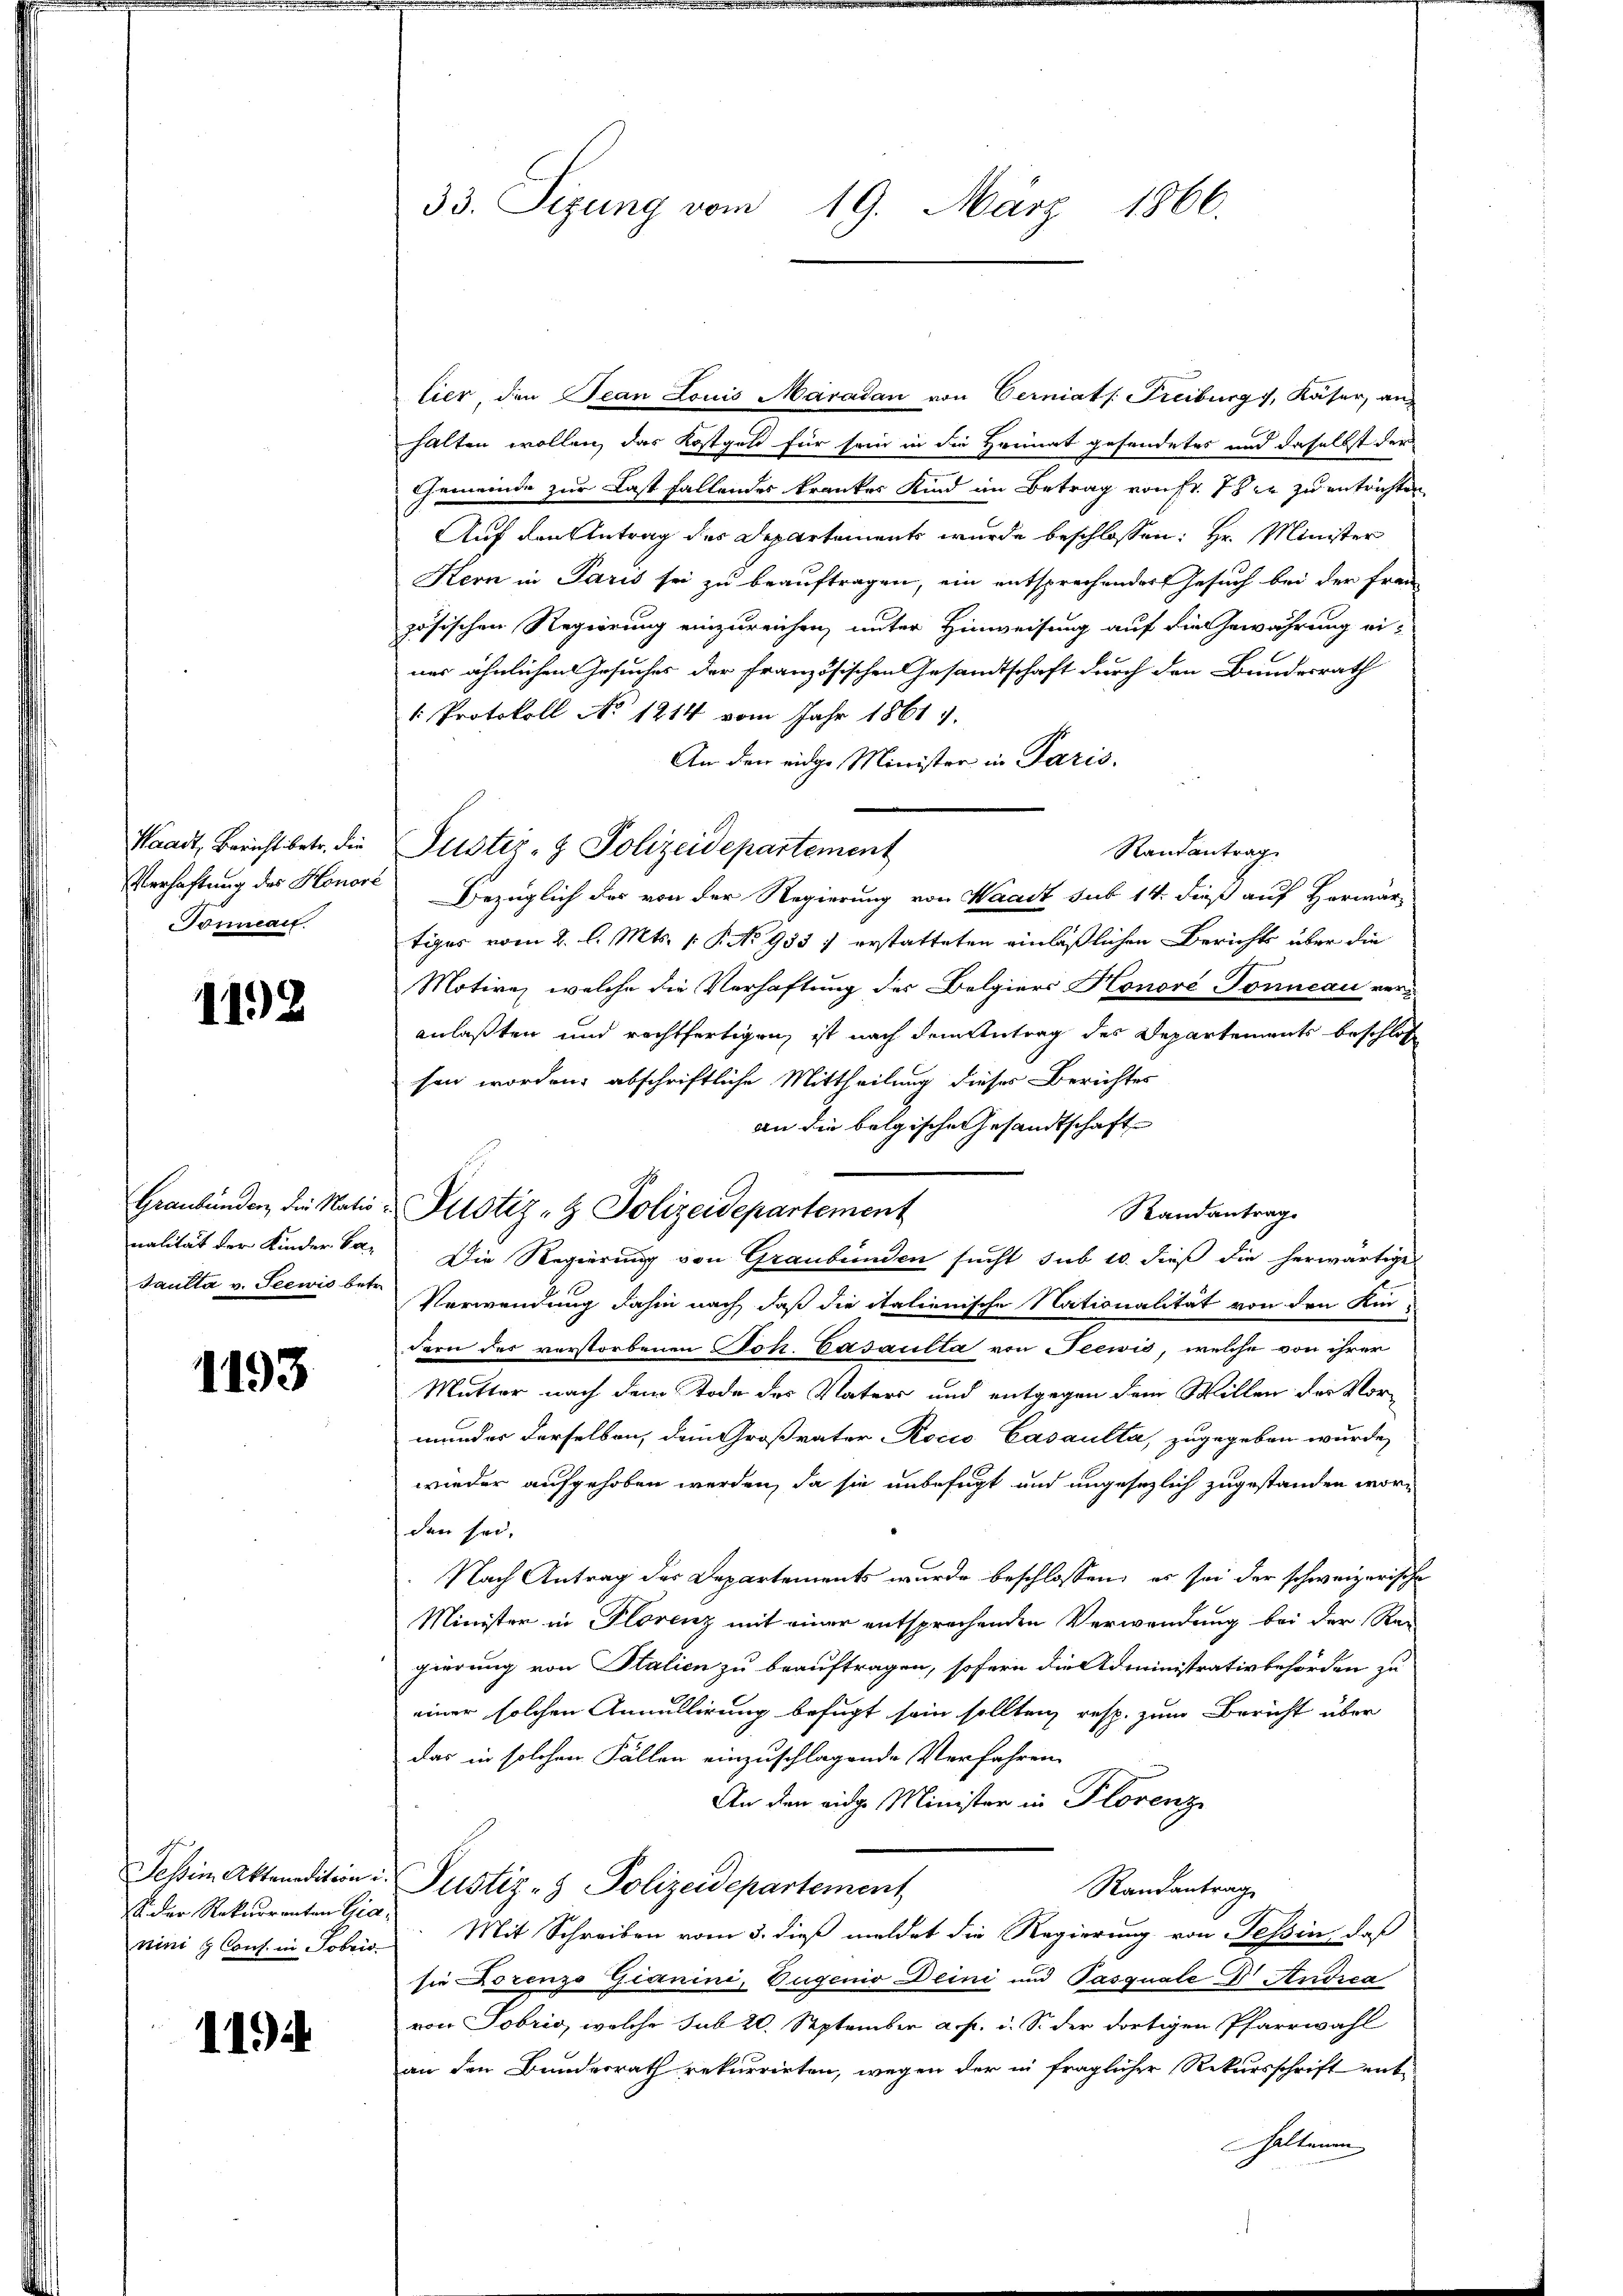
Waadt, Bericht betr. die
Verhaftung des Honor
Tomman

1192

Graubünden, die Nationalität der Kinder ka¬
Faulta v. Seewis betr.

1193

Tessin Aktenadition
 der Rekurrenten Gra
nini & Cons. in Jobris

1194

33. Sizung vom 19. März 1866.

lier, den Tean Louis Maradan von Cerniats Freiburg f, Käser, an
halten wollen, das Kostgeld für sein in die Heimat gesendetes und daselbst der
Gemeinde zur Last fallendes krankes Kind im Betrag von fr. Ich er zu entrichten
Auf den Antrag des Departements wurde beschlossen: Hr. Minister
Kern in Paris sei zu beauftragen, ein entsprechender Gesuch bei der fre
zösischen Regierung einzureichen, unter Hinweisung auf die Gewährung einer ähnlichen Gesuches der französischen Gesandtschaft durch den Bundesrath
1: Protokoll No 1214 vom Jahr 1861 7.
An den eidge Minister in Paris.
Randantrag
Bezüglich des von der Regierung von Waadt sub 14. dieß auf Herwär-
tiges vom 2. l. Mts. 1. P. No 933 f erstatteten einläßlichen Berichts über die
Motive, welche die Verhaftung des Belgiers Honoré-Tonncau veranlaßten und rechtfertigen, ist nach dem Antrag des Departements beschlos
sen worden; abschriftliche Mittheilung dieses Berichtes
an die belgische Gesandtschaft
Randantrag
Die Regierung von Graubünden sucht sub 10. dieß die herwärtige
Verwendung dahin nach daß die italienische Nationalität von den Kin-
dern der verstorbenen Joh. Casaulla von Seewis, welche von ihrer
Mutter nach dem Tode des Vaters und entgegen dem Willen der Vormander derselben, dem Großvater Rocio Casaulta, zugegeben wurde,
wieder aufgehoben werden, da sie unbefugt und ungesezlich zugestanden worden sei.
Nach Antrag der Departements wurde beschlossen, es sei der schweizerische
Minister in Florenz mit einer entsprochenden Verwendung bei der Rei
gierung von Stalien zu beauftragen, sofern die Administrativbehörden zu
einer solchen Annullirung befugt sein sollten, resp. zum Bericht über
das in solchen Fällen einzuschlagende Verfahren
An den eidg. Minister in Florenz
Justiz- & Polizeidepartement
Randantrag
Mit Schreiben vom 3. dieß meldet die Regierung von Tessin, daß
sie Lorenzo Gianini, Eugenio Deini und Pasquale D Audica
von Sobris, welche sub 20. September a. p. d. S. der dortigen Pfarrwahl
an den Bundesrath rekurrirten, wegen der in fraglicher Rekursschrift enthaltenen

Justiz- & Polizeidepartement

Pustiz- & Polizeidepartement